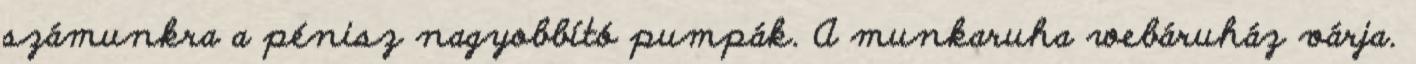
számunkra a pénisz nagyobbító pumpák. A munkaruha webáruház várja.